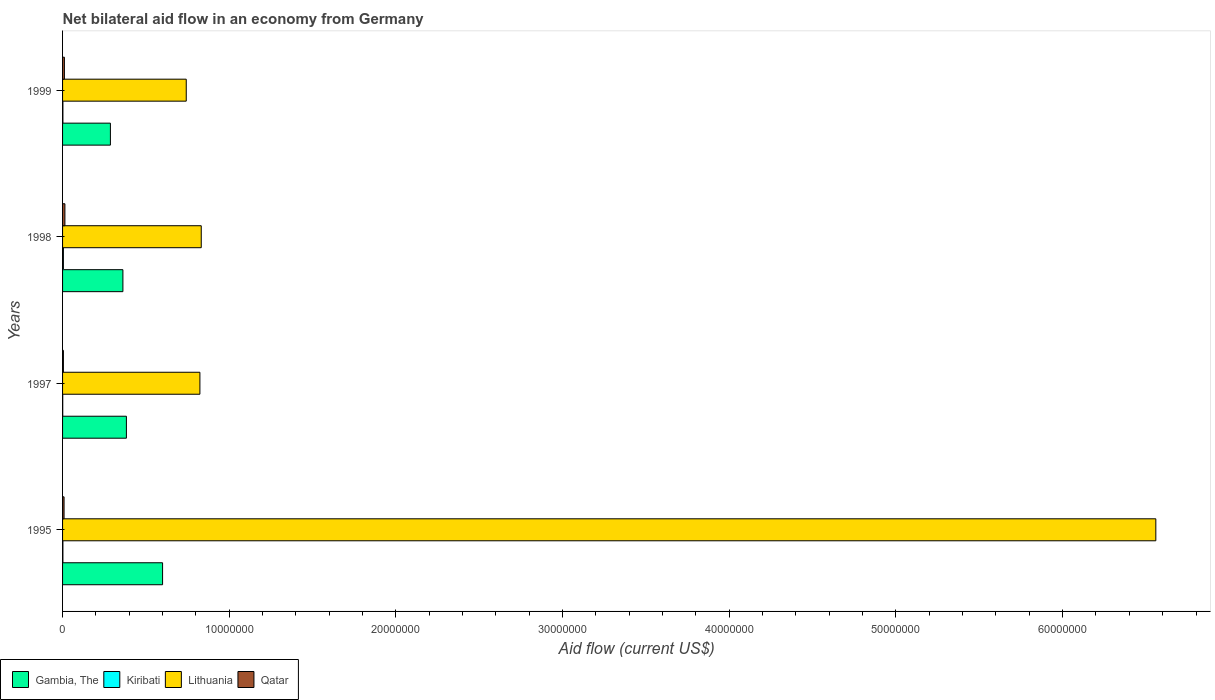
| Years | Gambia, The | Kiribati | Lithuania | Qatar |
 | --- | --- | --- | --- | --- |
 | 1995 | 6e+06 | 2e+04 | 6.56e+07 | 9e+04 |
 | 1997 | 3.83e+06 | 1e+04 | 8.24e+06 | 5e+04 |
 | 1998 | 3.62e+06 | 5e+04 | 8.32e+06 | 1.4e+05 |
 | 1999 | 2.87e+06 | 2e+04 | 7.42e+06 | 1.1e+05 |